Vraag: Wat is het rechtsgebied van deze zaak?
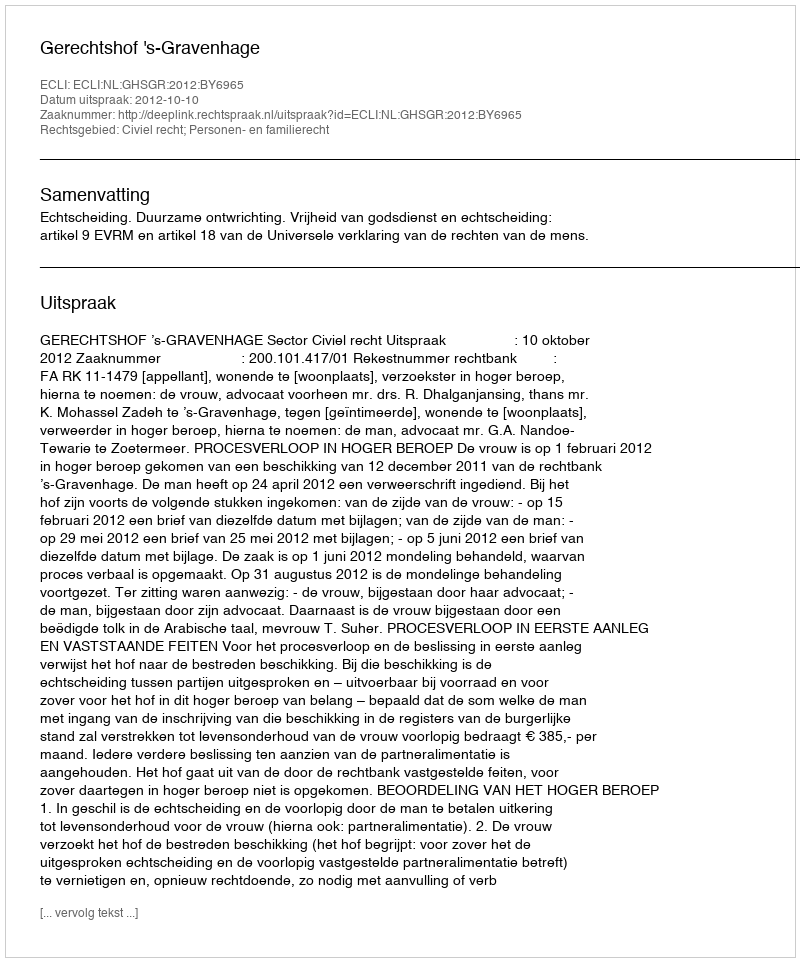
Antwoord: Civiel recht; Personen- en familierecht